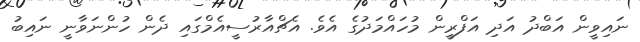
ނައިވީން އަބްދު އަދި އަފްރީން މުހައްމަދުގެ އެވެ. އެޗްއާރުސީއެމްގައި ދެން ހުންނަވާނީ ނައިބު